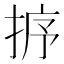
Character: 𢭸